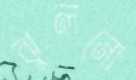
ঝুলনো